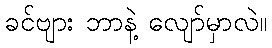
ခင်ဗျား ဘာနဲ့ လျော်မှာလဲ။